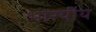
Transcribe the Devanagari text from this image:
भारयीय